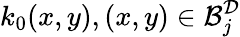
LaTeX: k_{0}(x,y),(x,y)\in\mathcal{B}_{j}^{\mathcal{D}}